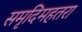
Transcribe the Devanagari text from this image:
समृदिमहतरा